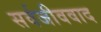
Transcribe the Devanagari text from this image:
सर्वजीववाद